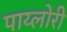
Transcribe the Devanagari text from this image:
पाय्लोरी